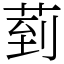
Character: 菿